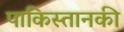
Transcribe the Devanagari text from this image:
पाकिस्तानकी